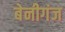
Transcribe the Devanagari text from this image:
बेनीगंज